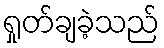
ရှုတ်ချခဲ့သည်